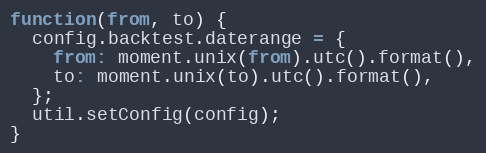
Language: JavaScript
function(from, to) {
  config.backtest.daterange = {
    from: moment.unix(from).utc().format(),
    to: moment.unix(to).utc().format(),
  };
  util.setConfig(config);
}